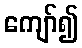
ကျော်၍